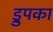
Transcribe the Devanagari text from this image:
ड्रुपका